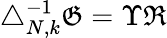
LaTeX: \begin{array}{r}{\triangle_{N,k}^{-1}\mathfrak{G}=\Upsilon\mathfrak{R}}\end{array}